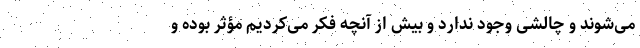
می‌شوند و چالشی وجود ندارد و بیش از آنچه فکر می‌کردیم مؤثر بوده و